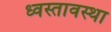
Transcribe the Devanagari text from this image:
ध्वस्तावस्था